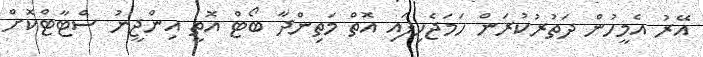
އޭރު އެމީހުން ދަތުރުކުރަން ހަމަޖެހިފައި އޮތް މަތިންދާ ބޯޓް އޮތީ އިންޖީނު ސްޓާޓްކޮށް